Scottish Leaving Certificate Examination, 1951
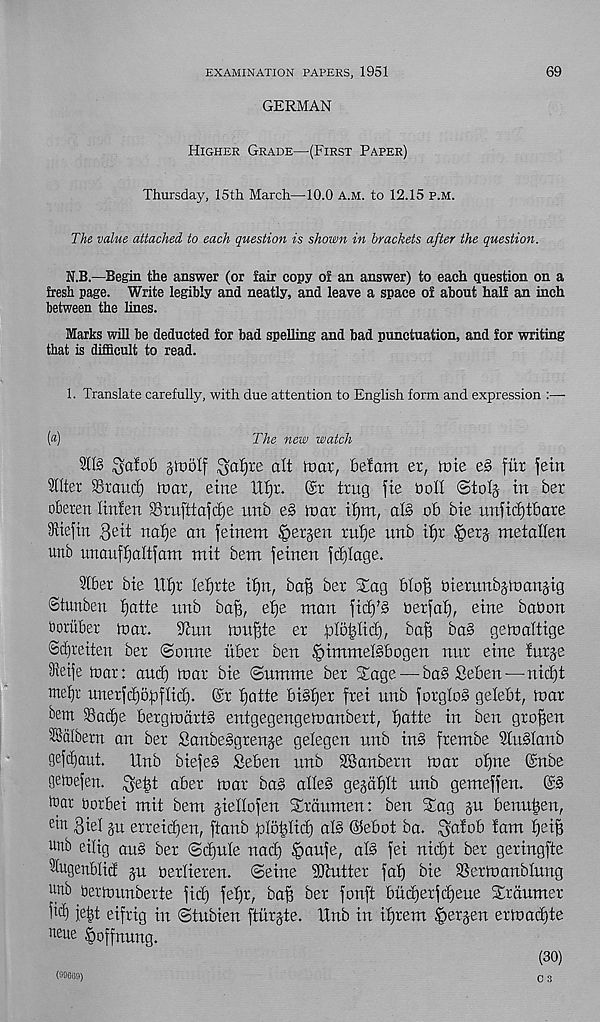
EXAMINATION PAPERS, 1951
69
GERMAN
Higher Grade—(First Paper)
Thursday, 15th March—10.0 a.m. to 12.15 p.m.
The value attached to each question is shown in brackets after the question.
N.B.—Begin the answer (or fair copy of an answer) to each question on a
fresh page. Write legibly and neatly, and leave a space of about half an inch
between the lines.
Marks will be deducted for bad spelling and bad punctuation, and for writing
that is difficult to read.
1. Translate carefully, with due attention to English form and expression :—
(«)
The new watch
21B $afob jloolf $al)re alt toav, belam er, ftrie e§ fur fem
liter SSraitd) tear, eirte Utjr. @r trug fie boll @to% in ber
oberen Itnfen SBrufttafctje unb e§ tnar if)m, aI3 ob bte unfidjtbare
IRtejin gett naf)e an feinem Bergen rul)e unb ifjr
metallen
unb unauffjaltfam mit bent feinen fd)Iage.
2lber bte llt)r lefjrte tf)n, ba|3 ber Sag blof] bterunbjmanjtg
©tunben tjatte nnb ba|, etje man ftdE)^ berfa^, eine babon
bomber mar.
Stun mu^te er plot;ltd),
ba§ gemaltige
©cljretten ber ©onne itber ben §tmmeI§bogen nur eine furje
3ieije mar: and) mar bte (Suntnte ber Sage — ba§ Seben—nidjt
ute^r unerfdjopflid). @r tjatte biSfjer frei unb forgloS getebt, mar
bent Sadje bergmdrt§ entgegengemanbert, f)atte in ben graven
SBalbern an ber SanbeSgrenje gelegen nnb in§ frembe Stublanb
gefcliaut.
Unb bieje§ Seben unb ^Banbern mar otjne @nbe
gemefen. ^e^t aber mar ba§ alle§ gegafjlt nnb gemeffen.
Ibar borbet mit bem jiellofen Sraumen: ben Sag §u benu^en,
ein giel gu erreidjen, ftanb plo^Iid) al§ @ebot ba.
wnb eilig au§ ber ©d)ule nad) §aufe, al§ fei nidjt ber geringfte
Slugenblict p berlieren. ©eine Mutter fat) bie 3Sermanbtnng
hub bermunberte fid) fetjr, ba§ ber fonft budferfdjeue Srdnmer
ltd) je|t eifrig in ©tubien ftiirjte. Unb in i^rem ^erjen ermadjte
beue ^offnung.
(30)